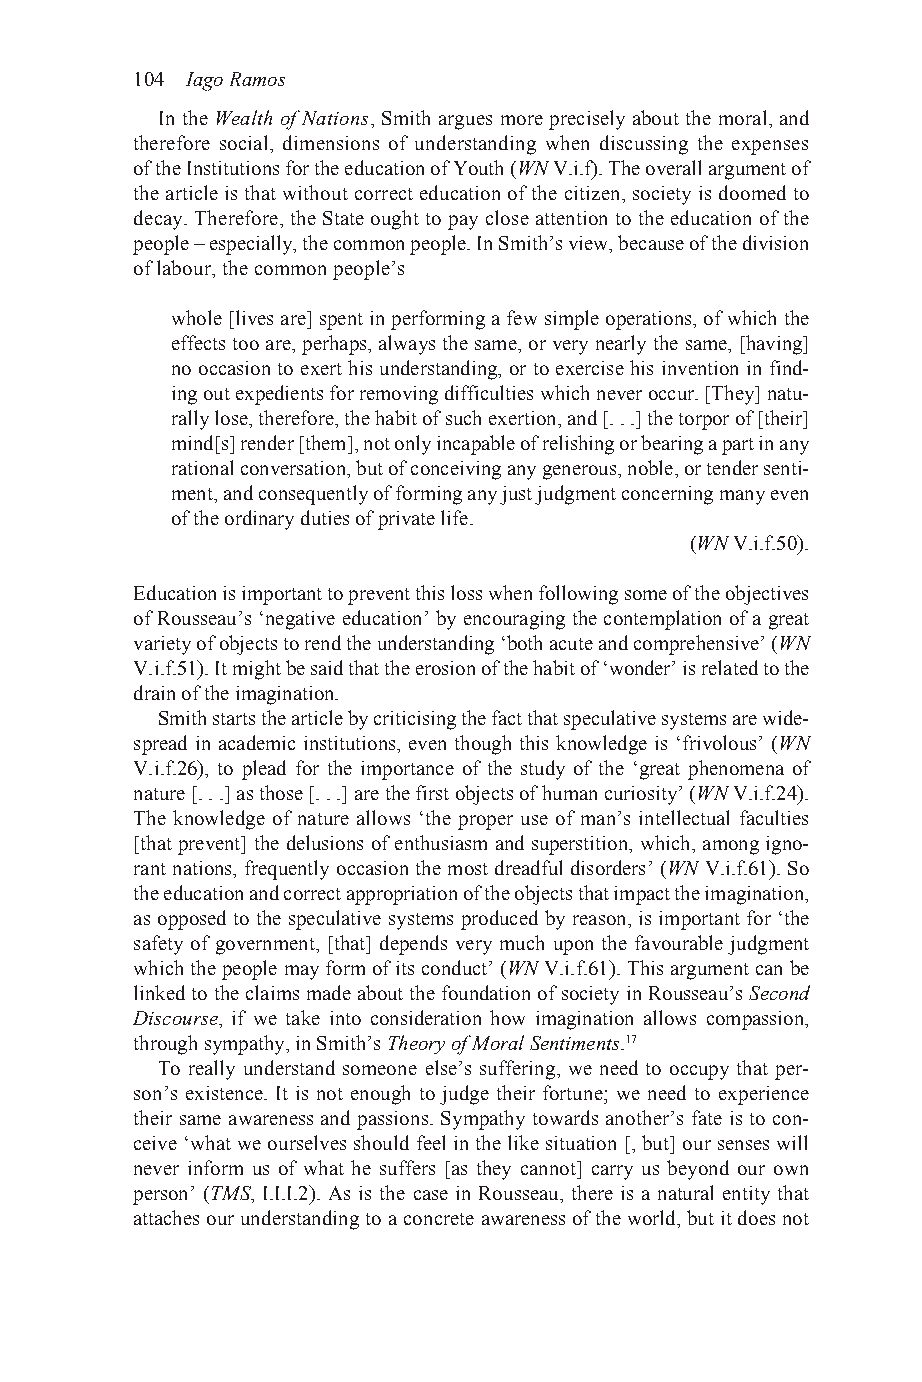
104 Iago Ramos
 In the Wealth of Nations, Smith argues more precisely about the moral, and
 therefore social, dimensions of understanding when discussing the expenses
 of the Institutions for the education of Youth (WN V.i.f). The overall argument of
 the article is that without correct education of the citizen, society is doomed to
 decay. Therefore, the State ought to pay close attention to the education of the
 people – especially, the common people. In Smith’s view, because of the division
 of labour, the common people’s
 whole [lives are] spent in performing a few simple operations, of which the
 effects too are, perhaps, always the same, or very nearly the same, [having]
 no occasion to exert his understanding, or to exercise his invention in find-
 ing out expedients for removing difficulties which never occur. [They] natu-
 rally lose, therefore, the habit of such exertion, and [. . .] the torpor of [their]
 mind[s] render [them], not only incapable of relishing or bearing a part in any
 rational conversation, but of conceiving any generous, noble, or tender senti-
 ment, and consequently of forming any just judgment concerning many even
 of the ordinary duties of private life.
 (WN V.i.f.50).
 Education is important to prevent this loss when following some of the objectives
 of Rousseau’s ‘negative education’ by encouraging the contemplation of a great
 variety of objects to rend the understanding ‘both acute and comprehensive’ (WN
 V.i.f.51). It might be said that the erosion of the habit of ‘wonder’ is related to the
 drain of the imagination.
 Smith starts the article by criticising the fact that speculative systems are wide-
 spread in academic institutions, even though this knowledge is ‘frivolous’ (WN
 V.i.f.26), to plead for the importance of the study of the ‘great phenomena of
 nature [. . .] as those [. . .] are the first objects of human curiosity’ (WN V.i.f.24).
 The knowledge of nature allows ‘the proper use of man’s intellectual faculties
 [that prevent] the delusions of enthusiasm and superstition, which, among igno-
 rant nations, frequently occasion the most dreadful disorders’ (WN V.i.f.61). So
 the education and correct appropriation of the objects that impact the imagination,
 as opposed to the speculative systems produced by reason, is important for ‘the
 safety of government, [that] depends very much upon the favourable judgment
 which the people may form of its conduct’ (WN V.i.f.61). This argument can be
 linked to the claims made about the foundation of society in Rousseau’s Second
 Discourse, if we take into consideration how imagination allows compassion,
 through sympathy, in Smith’s Theory of Moral Sentiments.17
 To really understand someone else’s suffering, we need to occupy that per-
 son’s existence. It is not enough to judge their fortune; we need to experience
 their same awareness and passions. Sympathy towards another’s fate is to con-
 ceive ‘what we ourselves should feel in the like situation [, but] our senses will
 never inform us of what he suffers [as they cannot] carry us beyond our own
 person’ (TMS, I.I.I.2). As is the case in Rousseau, there is a natural entity that
 attaches our understanding to a concrete awareness of the world, but it does not